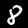
Digit: 8